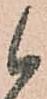
候